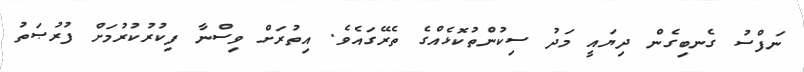
ނަފްސު ގެނބިގެން ދިޔައީ މަދު ސިކުންތުކޮޅެއްގެ ތެރޭގައެވެ. އިތުރަށް ވިސްނާ ފިކުރުކުރުމަށް ފުރުޞަތު